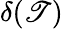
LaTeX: \delta(\mathscr{T})